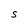
Character: S